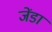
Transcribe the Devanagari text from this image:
जेंडा